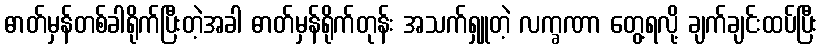
ဓာတ်မှန်တစ်ခါရိုက်ပြီးတဲ့အခါ ဓာတ်မှန်ရိုက်တုန်း အသက်ရှူတဲ့ လက္ခဏာ တွေ့ရလို့ ချက်ချင်းထပ်ပြီး